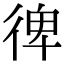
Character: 𢔌